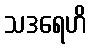
သဒရေဟိ